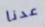
عدنا